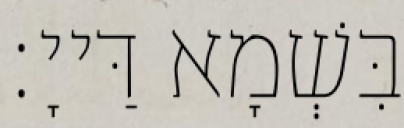
בִּשְׁמָא דַּייָ׃